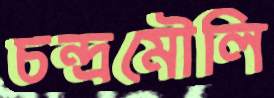
চন্দ্রমৌলি